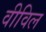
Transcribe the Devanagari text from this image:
वीविल